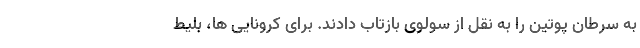
به سرطان پوتین را به نقل از سولوی بازتاب دادند. برای کرونایی ها، بلیط